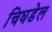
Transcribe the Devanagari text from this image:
चिघडेल